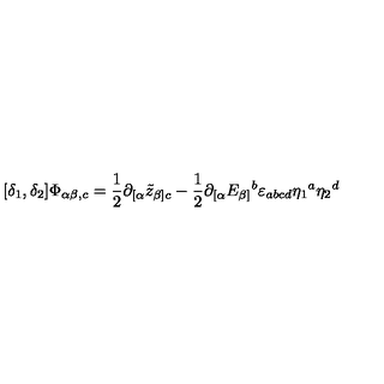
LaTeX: [ \delta _ { 1 } , \delta _ { 2 } ] \Phi _ { \alpha \beta , c } = \frac { 1 } { 2 } \partial _ { [ \alpha } \tilde { z } _ { \beta ] c } - \frac { 1 } { 2 } \partial _ { [ \alpha } E _ { \beta ] } { } ^ { b } \varepsilon _ { a b c d } \eta _ { 1 } { } ^ { a } \eta _ { 2 } { } ^ { d }